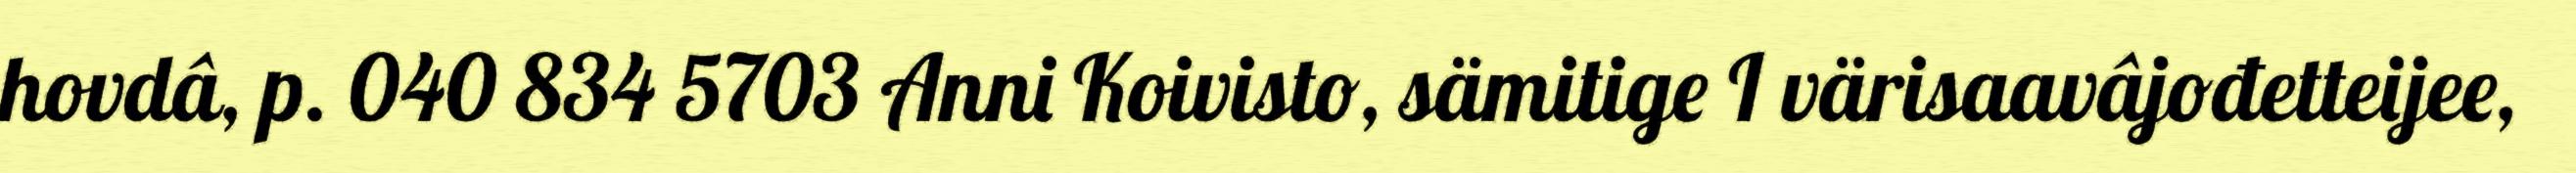
hovdâ, p. 040 834 5703 Anni Koivisto, sämitige I värisaavâjođetteijee,